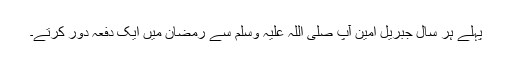
پہلے ہر سال جبریل امین آپ صلی اللہ علیہ وسلم سے رمضان میں ایک دفعہ دور کرتے۔